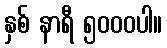
နှစ် နာရီ ၅၀၀၀ပါ။